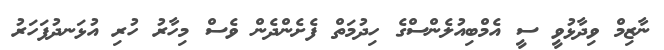
ނާޒިމް ވިދާޅުވީ ސީ އެމްބިއުލެންސްގެ ހިދުމަތް ފެށެންދެން ވެސް މިހާރު ހުރި އުޅަނދުފަހަރު